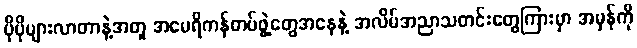
ပိုပိုများလာတာနဲ့အတူ အမေရိကန်တပ်ဖွဲ့တွေအနေနဲ့ အလိမ်အညာသတင်းတွေကြားမှာ အမှန်ကို